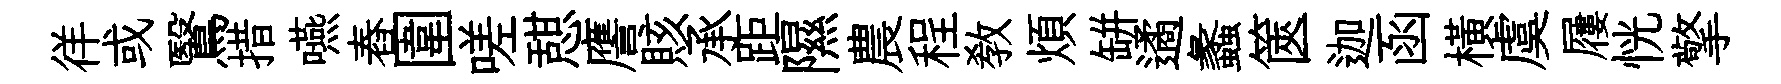
徉或鷖措嚥舂圍嗟憇譍賅承距隰農程敎煩缾遹蠡篋迦函橫虞屨恍擎